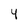
Character: 4